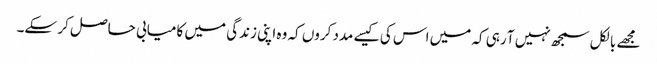
مجھے بالکل سمجھ نہیں آ رہی کہ میں اس کی کیسے مدد کروں کہ وہ اپنی زندگی میں کامیابی حاصل کر سکے۔